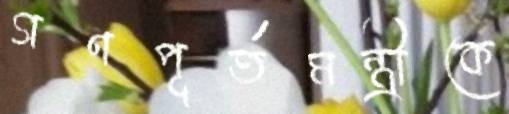
গণপূর্তমন্ত্রীকে